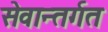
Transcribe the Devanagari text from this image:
सेवान्तर्गत